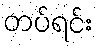
တပ်ရင်း